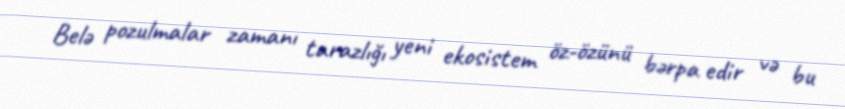
Belə pozulmalar zamanı tarazlığı yeni ekosistem öz-özünü bərpa edir və bu